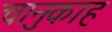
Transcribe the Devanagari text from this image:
चानुकाह